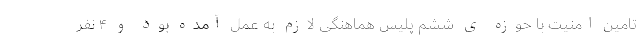
تامین امنیت با حوزه ی ششم پلیس هماهنگی لازم به عمل آمده بود و ۴ نفر